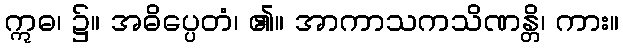
ဣဓ၊ ၌။ အဓိပ္ပေတံ၊ ၏။ အာကာသကသိဏန္တိ၊ ကား။